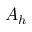
A _ { h }